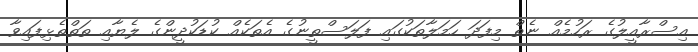
އިސްރާއީލުގެ ރަހުމެއް ނެތް މިފަދަ ހަމަލާތަކުގައި ފަލަސްތީނުގެ އެތަކެއް ކުޑަކުދީންގެ ލެޔާއި ތަތްތެޅިފައިވާ